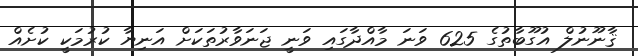
ޤާނޫނުލް އުގޫބާތުގެ 625 ވަނަ މާއްދާގައި ވަނީ ޖަނަވާރުތަކަށް އަނިޔާ ކުރުމަކީ ކުށެއް